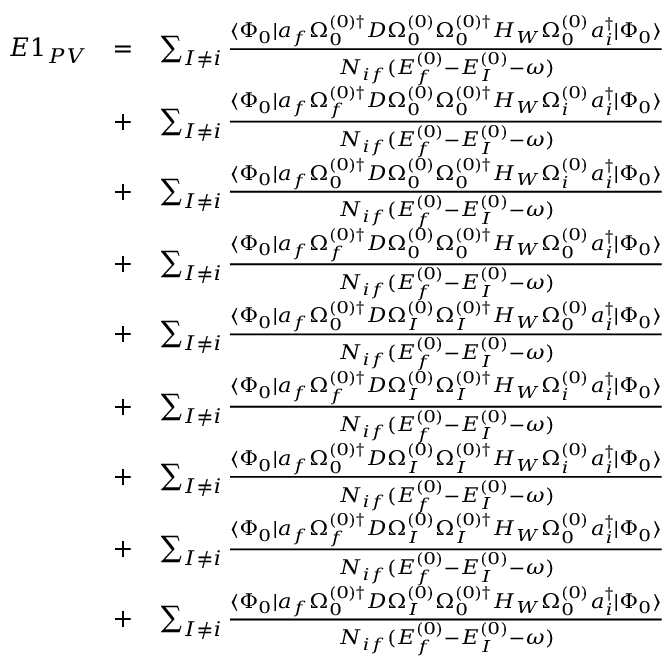
\begin{array} { r l r } { E 1 _ { P V } } & { = } & { \sum _ { I \ne i } \frac { \langle \Phi _ { 0 } | a _ { f } \Omega _ { 0 } ^ { ( 0 ) \dagger } D \Omega _ { 0 } ^ { ( 0 ) } \Omega _ { 0 } ^ { ( 0 ) \dagger } H _ { W } \Omega _ { 0 } ^ { ( 0 ) } a _ { i } ^ { \dagger } | \Phi _ { 0 } \rangle } { { \cal N } _ { i f } ( E _ { f } ^ { ( 0 ) } - E _ { I } ^ { ( 0 ) } - \omega ) } } \\ & { + } & { \sum _ { I \ne i } \frac { \langle \Phi _ { 0 } | a _ { f } \Omega _ { f } ^ { ( 0 ) \dagger } D \Omega _ { 0 } ^ { ( 0 ) } \Omega _ { 0 } ^ { ( 0 ) \dagger } H _ { W } \Omega _ { i } ^ { ( 0 ) } a _ { i } ^ { \dagger } | \Phi _ { 0 } \rangle } { { \cal N } _ { i f } ( E _ { f } ^ { ( 0 ) } - E _ { I } ^ { ( 0 ) } - \omega ) } } \\ & { + } & { \sum _ { I \ne i } \frac { \langle \Phi _ { 0 } | a _ { f } \Omega _ { 0 } ^ { ( 0 ) \dagger } D \Omega _ { 0 } ^ { ( 0 ) } \Omega _ { 0 } ^ { ( 0 ) \dagger } H _ { W } \Omega _ { i } ^ { ( 0 ) } a _ { i } ^ { \dagger } | \Phi _ { 0 } \rangle } { { \cal N } _ { i f } ( E _ { f } ^ { ( 0 ) } - E _ { I } ^ { ( 0 ) } - \omega ) } } \\ & { + } & { \sum _ { I \ne i } \frac { \langle \Phi _ { 0 } | a _ { f } \Omega _ { f } ^ { ( 0 ) \dagger } D \Omega _ { 0 } ^ { ( 0 ) } \Omega _ { 0 } ^ { ( 0 ) \dagger } H _ { W } \Omega _ { 0 } ^ { ( 0 ) } a _ { i } ^ { \dagger } | \Phi _ { 0 } \rangle } { { \cal N } _ { i f } ( E _ { f } ^ { ( 0 ) } - E _ { I } ^ { ( 0 ) } - \omega ) } } \\ & { + } & { \sum _ { I \ne i } \frac { \langle \Phi _ { 0 } | a _ { f } \Omega _ { 0 } ^ { ( 0 ) \dagger } D \Omega _ { I } ^ { ( 0 ) } \Omega _ { I } ^ { ( 0 ) \dagger } H _ { W } \Omega _ { 0 } ^ { ( 0 ) } a _ { i } ^ { \dagger } | \Phi _ { 0 } \rangle } { { \cal N } _ { i f } ( E _ { f } ^ { ( 0 ) } - E _ { I } ^ { ( 0 ) } - \omega ) } } \\ & { + } & { \sum _ { I \ne i } \frac { \langle \Phi _ { 0 } | a _ { f } \Omega _ { f } ^ { ( 0 ) \dagger } D \Omega _ { I } ^ { ( 0 ) } \Omega _ { I } ^ { ( 0 ) \dagger } H _ { W } \Omega _ { i } ^ { ( 0 ) } a _ { i } ^ { \dagger } | \Phi _ { 0 } \rangle } { { \cal N } _ { i f } ( E _ { f } ^ { ( 0 ) } - E _ { I } ^ { ( 0 ) } - \omega ) } } \\ & { + } & { \sum _ { I \ne i } \frac { \langle \Phi _ { 0 } | a _ { f } \Omega _ { 0 } ^ { ( 0 ) \dagger } D \Omega _ { I } ^ { ( 0 ) } \Omega _ { I } ^ { ( 0 ) \dagger } H _ { W } \Omega _ { i } ^ { ( 0 ) } a _ { i } ^ { \dagger } | \Phi _ { 0 } \rangle } { { \cal N } _ { i f } ( E _ { f } ^ { ( 0 ) } - E _ { I } ^ { ( 0 ) } - \omega ) } } \\ & { + } & { \sum _ { I \ne i } \frac { \langle \Phi _ { 0 } | a _ { f } \Omega _ { f } ^ { ( 0 ) \dagger } D \Omega _ { I } ^ { ( 0 ) } \Omega _ { I } ^ { ( 0 ) \dagger } H _ { W } \Omega _ { 0 } ^ { ( 0 ) } a _ { i } ^ { \dagger } | \Phi _ { 0 } \rangle } { { \cal N } _ { i f } ( E _ { f } ^ { ( 0 ) } - E _ { I } ^ { ( 0 ) } - \omega ) } } \\ & { + } & { \sum _ { I \ne i } \frac { \langle \Phi _ { 0 } | a _ { f } \Omega _ { 0 } ^ { ( 0 ) \dagger } D \Omega _ { I } ^ { ( 0 ) } \Omega _ { 0 } ^ { ( 0 ) \dagger } H _ { W } \Omega _ { 0 } ^ { ( 0 ) } a _ { i } ^ { \dagger } | \Phi _ { 0 } \rangle } { { \cal N } _ { i f } ( E _ { f } ^ { ( 0 ) } - E _ { I } ^ { ( 0 ) } - \omega ) } } \end{array}